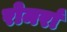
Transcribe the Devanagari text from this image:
रोमर्रा